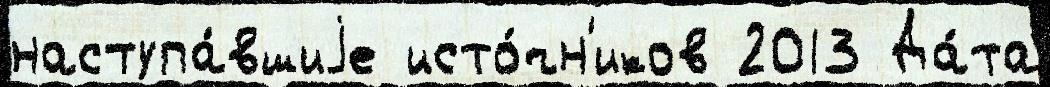
наступа́вшиjе исто́чн'иков 2013 Да́та